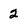
Character: 2